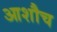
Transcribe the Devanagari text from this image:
आशौच